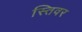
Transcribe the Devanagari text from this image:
स्तिवर